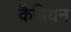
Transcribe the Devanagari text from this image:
कैब्रियन